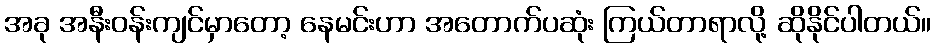
အခု အနီးဝန်းကျင်မှာတော့ နေမင်းဟာ အတောက်ပဆုံး ကြယ်တာရာလို့ ဆိုနိုင်ပါတယ်။